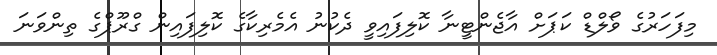
މިފަހަރުގެ ވޯލްޑް ކަޕަށް އާޖެންޓީނާ ކޮލިފައިވީ ދެކުނު އެމެރިކާގެ ކޮލިފައިން ގްރޫޕްގެ ތިންވަނަ